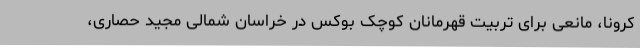
کرونا، مانعی برای تربیت قهرمانان کوچک بوکس در خراسان شمالی مجید حصاری،